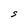
Character: S